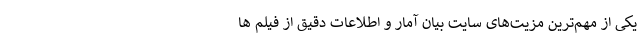
یکی از مهم‌ترین مزیت‌های سایت بیان آمار و اطلاعات دقیق از فیلم ها